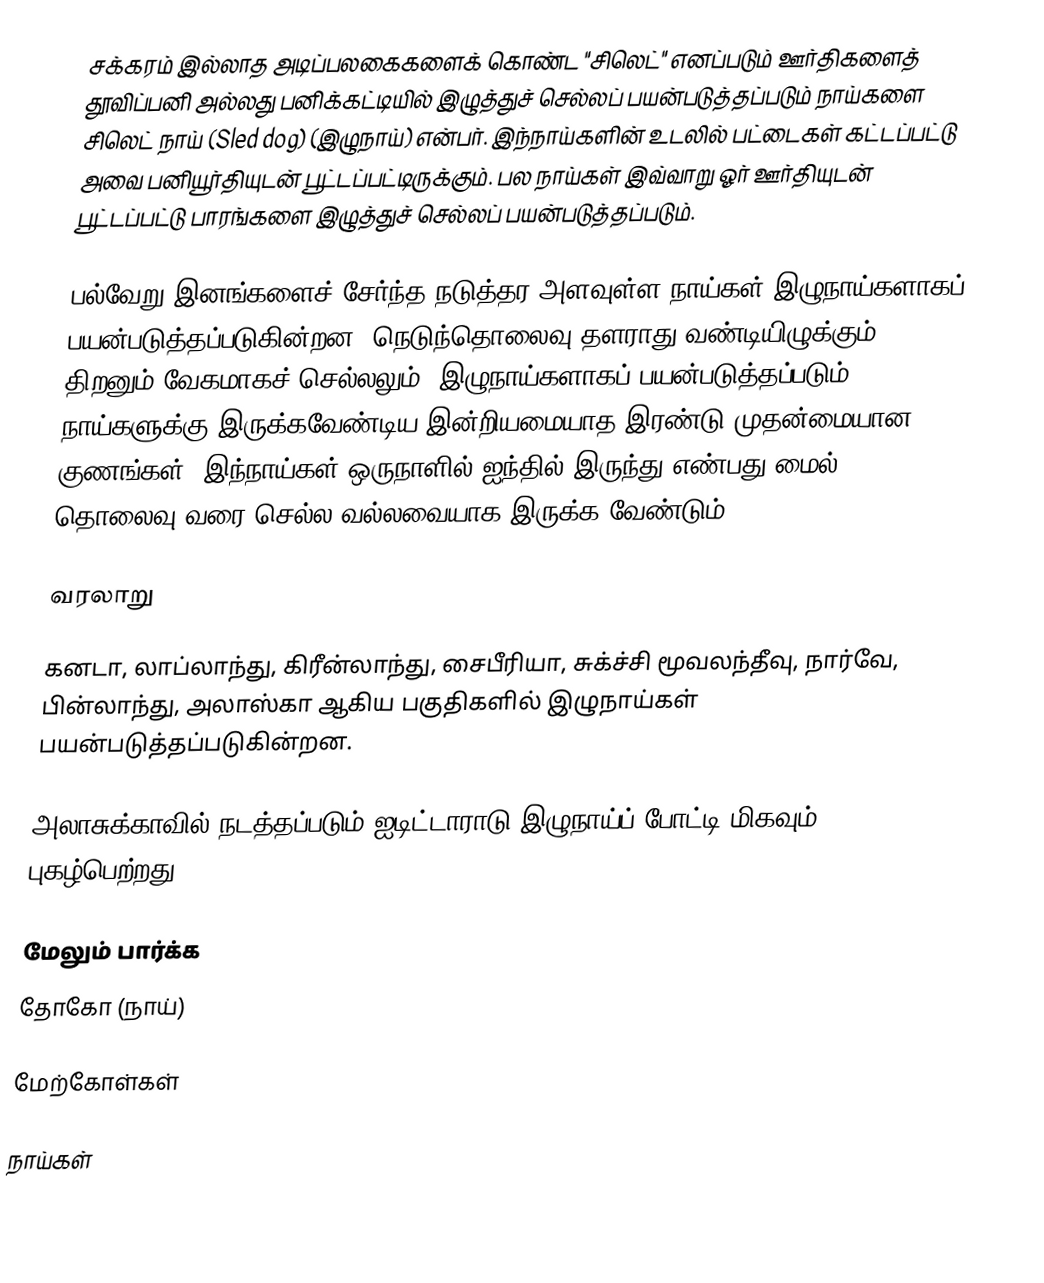
சக்கரம் இல்லாத அடிப்பலகைகளைக் கொண்ட "சிலெட்" எனப்படும் ஊர்திகளைத் தூவிப்பனி அல்லது பனிக்கட்டியில் இழுத்துச் செல்லப் பயன்படுத்தப்படும் நாய்களை சிலெட் நாய் (Sled dog) (இழுநாய்) என்பர். இந்நாய்களின் உடலில் பட்டைகள் கட்டப்பட்டு அவை பனியூர்தியுடன் பூட்டப்பட்டிருக்கும். பல நாய்கள் இவ்வாறு ஓர் ஊர்தியுடன் பூட்டப்பட்டு பாரங்களை இழுத்துச் செல்லப் பயன்படுத்தப்படும்.

பல்வேறு இனங்களைச் சேர்ந்த நடுத்தர அளவுள்ள நாய்கள் இழுநாய்களாகப் பயன்படுத்தப்படுகின்றன. நெடுந்தொலைவு தளராது வண்டியிழுக்கும் திறனும் வேகமாகச் செல்லலும், இழுநாய்களாகப் பயன்படுத்தப்படும் நாய்களுக்கு இருக்கவேண்டிய இன்றியமையாத இரண்டு முதன்மையான குணங்கள். இந்நாய்கள் ஒருநாளில் ஐந்தில் இருந்து எண்பது மைல் தொலைவு வரை செல்ல வல்லவையாக இருக்க வேண்டும்.

வரலாறு

கனடா, லாப்லாந்து, கிரீன்லாந்து, சைபீரியா, சுக்ச்சி மூவலந்தீவு, நார்வே, பின்லாந்து, அலாஸ்கா ஆகிய பகுதிகளில் இழுநாய்கள் பயன்படுத்தப்படுகின்றன.

அலாசுக்காவில் நடத்தப்படும் ஐடிட்டாராடு இழுநாய்ப் போட்டி மிகவும் புகழ்பெற்றது.

மேலும் பார்க்க
 தோகோ (நாய்)

மேற்கோள்கள்

நாய்கள்